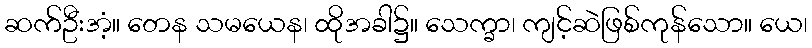
ဆက်ဦးအံ့။ တေန သမယေန၊ ထိုအခါ၌။ သေက္ခာ၊ ကျင့်ဆဲဖြစ်ကုန်သော။ ယေ၊